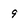
Character: 9